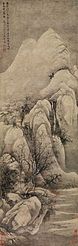
黄师塔前江水东，春光懒困倚微风。